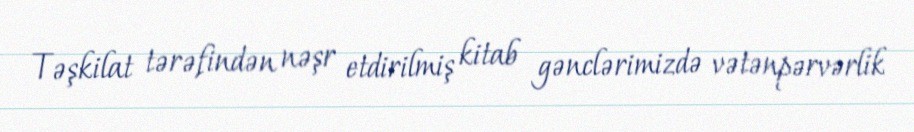
Təşkilat tərəfindən nəşr etdirilmiş kitab gənclərimizdə vətənpərvərlik